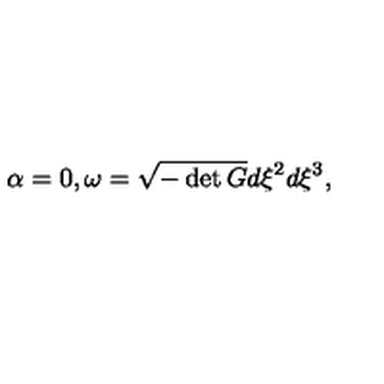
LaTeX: \alpha = 0 , \omega = \sqrt { - \det G } d \xi ^ { 2 } d \xi ^ { 3 } ,